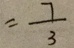
= \frac { 7 } { 3 }